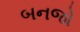
બનજો